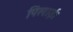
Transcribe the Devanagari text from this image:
पिलाई।